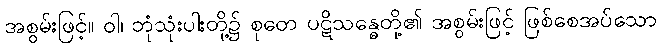
အစွမ်းဖြင့်။ ဝါ၊ ဘုံသုံးပါးတို့၌ စုတေ ပဋိသန္ဓေတို့၏ အစွမ်းဖြင့် ဖြစ်စေအပ်သော